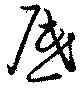
厎